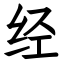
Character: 经